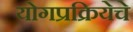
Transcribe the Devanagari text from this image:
योगप्रक्रियेचे